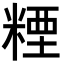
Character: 𥻛